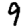
Digit: 9